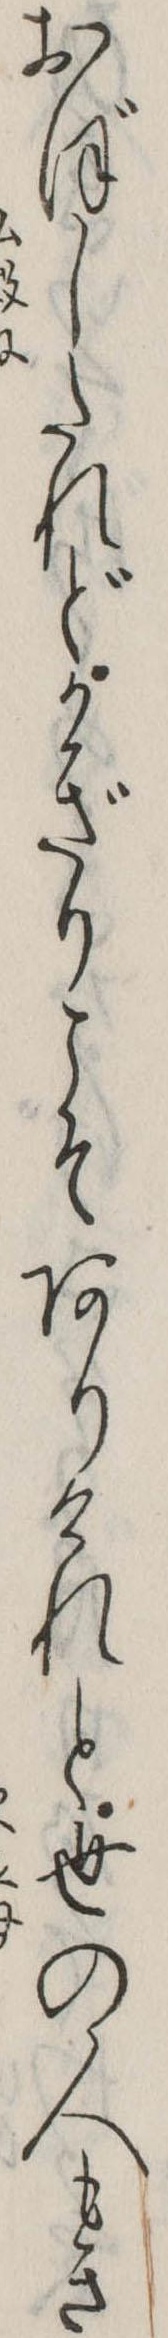
おぼしたれどかぎりこそありけれと世の人もき